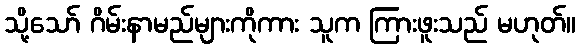
သို့သော် ဂိမ်းနာမည်များကိုကား သူက ကြားဖူးသည် မဟုတ်။